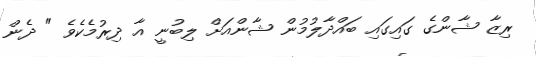
ރިޒާ ޝާންގެ ގައިގައި ބައްދާލުމުން ޝާންއަށް ލިބުނީ އާ ދިރުމެކެވެ " ދެން